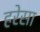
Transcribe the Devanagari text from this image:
हरेसा